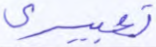
تعبيري